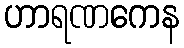
ဟာရဏကေန